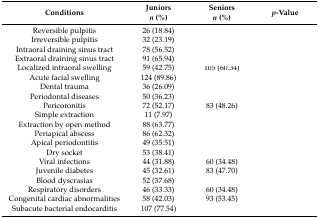
<table><thead><tr><td><b>Conditions</b></td><td><b>Juniors <i>n</i> (%)</b></td><td><b>Seniors <i>n</i> (%)</b></td><td><b><i>p</i>-Value</b></td></tr></thead><tbody><tr><td>Reversible pulpitis</td><td>26 (18.84)</td><td>[EMPTY_CELL]</td><td>[EMPTY_CELL]</td></tr><tr><td>Irreversible pulpitis</td><td>32 (23.19)</td><td>[EMPTY_CELL]</td><td>[EMPTY_CELL]</td></tr><tr><td>Intraoral draining sinus tract</td><td>78 (56.52)</td><td>[EMPTY_CELL]</td><td>[EMPTY_CELL]</td></tr><tr><td>Extraoral draining sinus tract</td><td>91 (65.94)</td><td>[EMPTY_CELL]</td><td>[EMPTY_CELL]</td></tr><tr><td>Localized intraoral swelling</td><td>59 (42.75)</td><td>105 (60.34)</td><td>[EMPTY_CELL]</td></tr><tr><td>Acute facial swelling</td><td>124 (89.86)</td><td>[EMPTY_CELL]</td><td>[EMPTY_CELL]</td></tr><tr><td>Dental trauma</td><td>36 (26.09)</td><td>[EMPTY_CELL]</td><td>[EMPTY_CELL]</td></tr><tr><td>Periodontal diseases</td><td>50 (36.23)</td><td>[EMPTY_CELL]</td><td>[EMPTY_CELL]</td></tr><tr><td>Pericoronitis</td><td>72 (52.17)</td><td>83 (48.26)</td><td>[EMPTY_CELL]</td></tr><tr><td>Simple extraction</td><td>11 (7.97)</td><td>[EMPTY_CELL]</td><td>[EMPTY_CELL]</td></tr><tr><td>Extraction by open method</td><td>88 (63.77)</td><td>[EMPTY_CELL]</td><td>[EMPTY_CELL]</td></tr><tr><td>Periapical abscess</td><td>86 (62.32)</td><td>[EMPTY_CELL]</td><td>[EMPTY_CELL]</td></tr><tr><td>Apical periodontitis</td><td>49 (35.51)</td><td>[EMPTY_CELL]</td><td>[EMPTY_CELL]</td></tr><tr><td>Dry socket</td><td>53 (38.41)</td><td>[EMPTY_CELL]</td><td>[EMPTY_CELL]</td></tr><tr><td>Viral infections</td><td>44 (31.88)</td><td>60 (34.48)</td><td>[EMPTY_CELL]</td></tr><tr><td>Juvenile diabetes</td><td>45 (32.61)</td><td>83 (47.70)</td><td>[EMPTY_CELL]</td></tr><tr><td>Blood dyscrasias</td><td>52 (37.68)</td><td>[EMPTY_CELL]</td><td>[EMPTY_CELL]</td></tr><tr><td>Respiratory disorders</td><td>46 (33.33)</td><td>60 (34.48)</td><td>[EMPTY_CELL]</td></tr><tr><td>Congenital cardiac abnormalities</td><td>58 (42.03)</td><td>93 (53.45)</td><td>[EMPTY_CELL]</td></tr><tr><td>Subacute bacterial endocarditis</td><td>107 (77.54)</td><td>[EMPTY_CELL]</td><td>[EMPTY_CELL]</td></tr></tbody></table>